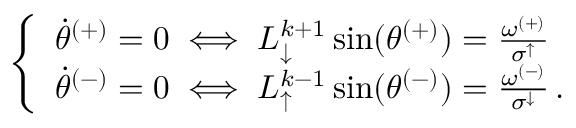
\begin{array} { r } { \left\{ \begin{array} { l l } { \Dot { \theta } ^ { ( + ) } = 0 \iff L _ { \downarrow } ^ { k + 1 } \sin ( \theta ^ { ( + ) } ) = \frac { \omega ^ { ( + ) } } { \sigma ^ { \uparrow } } } \\ { \Dot { \theta } ^ { ( - ) } = 0 \iff L _ { \uparrow } ^ { k - 1 } \sin ( \theta ^ { ( - ) } ) = \frac { \omega ^ { ( - ) } } { \sigma ^ { \downarrow } } \, . } \end{array} \right. } \end{array}